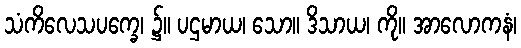
သံကိလေသပက္ခေ၊ ၌။ ပဌမာယ၊ သော။ ဒိသာယ၊ ကို။ အာလောကနံ၊